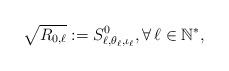
LaTeX: \begin{align*}\sqrt{R_{0,\ell}} := S^{0}_{\ell,\theta_{\ell},\iota_{\ell}} ,\forall \, \ell \in \mathbb N^*, \end{align*}